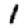
Digit: 1